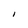
Character: I